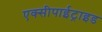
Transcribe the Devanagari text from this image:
एक्सीपाईट्राइड